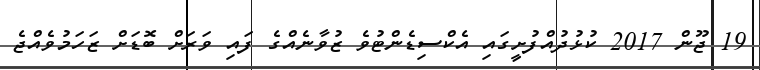
19 ޖޫން 2017 ކުޅުދުއްފުށީގައި އެކްސިޑެންޓުވެ ޒުވާނެއްގެ ފައި ވަރަށް ބޮޑަށް ޒަހަމުވެއްޖެ